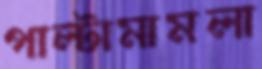
পাল্টামামলা